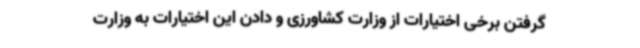
گرفتن برخی اختیارات از وزارت کشاورزی و دادن این اختیارات به وزارت